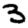
Digit: 3